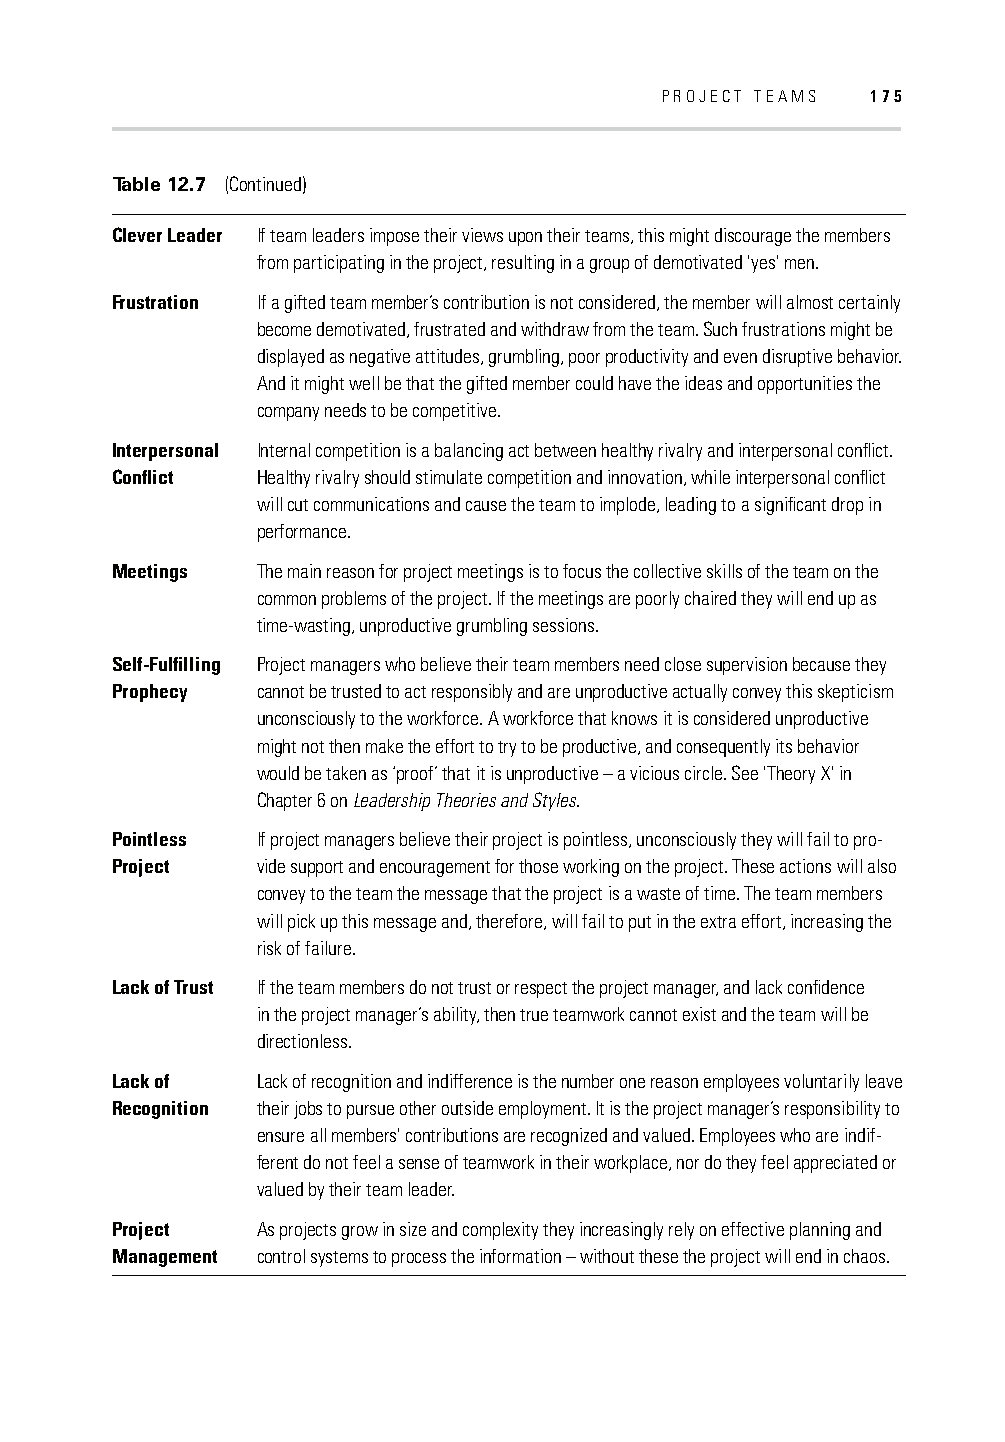
PROJECT TEAMS 175
 Table 12.7 (Continued)
 Clever Leader If team leaders impose their views upon their teams, this might discourage the members
 from participating in the project, resulting in a group of demotivated 'yes' men.
 Frustration If a gifted team member’s contribution is not considered, the member will almost certainly
 become demotivated, frustrated and withdraw from the team. Such frustrations might be
 displayed as negative attitudes, grumbling, poor productivity and even disruptive behavior.
 And it might well be that the gifted member could have the ideas and opportunities the
 company needs to be competitive.
 Interpersonal Internal competition is a balancing act between healthy rivalry and interpersonal confl ict.
 Confl ict Healthy rivalry should stimulate competition and innovation, while interpersonal confl ict
 will cut communications and cause the team to implode, leading to a signifi cant drop in
 performance.
 Meetings  The main reason for project meetings is to focus the collective skills of the team on the
 common problems of the project. If the meetings are poorly chaired they will end up as
 time-wasting, unproductive grumbling sessions.
 Self-Fulfi lling Project managers who believe their team members need close supervision because they
 Prophecy  cannot be trusted to act responsibly and are unproductive actually convey this skepticism
 unconsciously to the workforce. A workforce that knows it is considered unproductive
 might not then make the effort to try to be productive, and consequently its behavior
 would be taken as ‘proof’ that it is unproductive – a vicious circle. See 'Theory X' in
 Chapter 6 on Leadership Theories and Styles.
 Pointless If project managers believe their project is pointless, unconsciously they will fail to pro-
 Project   vide support and encouragement for those working on the project. These actions will also
 convey to the team the message that the project is a waste of time. The team members
 will pick up this message and, therefore, will fail to put in the extra effort, increasing the
 risk of failure.
 Lack of Trust If the team members do not trust or respect the project manager, and lack confi dence
 in the project manager’s ability, then true teamwork cannot exist and the team will be
 directionless.
 Lack of   Lack of recognition and indifference is the number one reason employees voluntarily leave
 Recognition their jobs to pursue other outside employment. It is the project manager’s responsibility to
 ensure all members' contributions are recognized and valued. Employees who are indif-
 ferent do not feel a sense of teamwork in their workplace, nor do they feel appreciated or
 valued by their team leader.
 Project   As projects grow in size and complexity they increasingly rely on effective planning and
 Management control systems to process the information – without these the project will end in chaos.